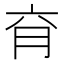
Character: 𰗄